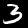
Digit: 3